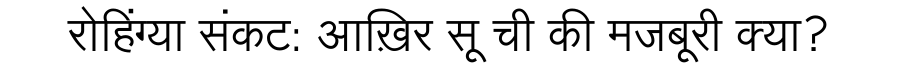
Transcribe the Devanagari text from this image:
रोहिंग्या संकट: आख़िर सू ची की मजबूरी क्या?